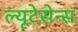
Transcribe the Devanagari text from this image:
ल्यूटेसेन्स